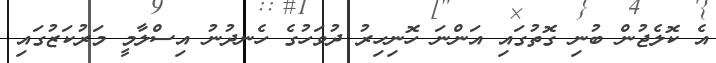
އެ ކޮލެޖުން ބުނި ގޮތުގައި އަންނަ ހޮނިހިރު ދުވަހުގެ ހެނދުނު އިސްލާމީ މަރުކަޒުގައި